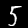
Digit: 5